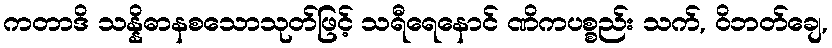
ကတာဒိ သန္နိဓာနစသောသုတ်ဖြင့် သရီရေနောင် ဏိကပစ္စည်း သက်, ဝိဘတ်ချေ,